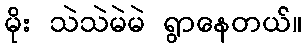
မိုး သဲသဲမဲမဲ ရွာနေတယ်။